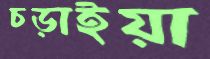
চড়াইয়া